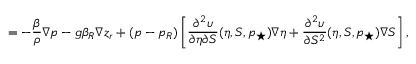
= - \frac { \beta } { \rho } \nabla p - g \beta _ { R } \nabla z _ { r } + ( p - p _ { R } ) \left[ \frac { \partial ^ { 2 } \upsilon } { \partial \eta \partial S } ( \eta , S , p _ { \star } ) \nabla \eta + \frac { \partial ^ { 2 } \upsilon } { \partial S ^ { 2 } } ( \eta , S , p _ { \star } ) \nabla S \right] ,